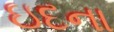
ઇદના